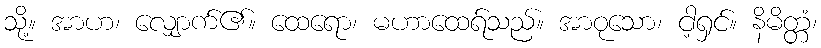
သို့။ အာဟ၊ လျှောက်၏။ ထေရော၊ မဟာထေရ်သည်။ အာဝုသော၊ ငါ့ရှင်။ နိမိတ္တံ၊